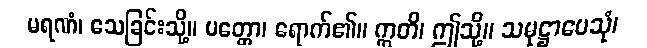
မရဏံ၊ သေခြင်းသို့။ ပတ္တော၊ ရောက်၏။ ဣတိ၊ ဤသို့။ သမုဋ္ဌာပေသုံ၊